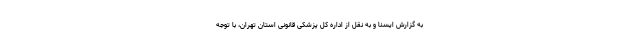
به گزارش ایسنا و به نقل از اداره کل پزشکی قانونی استان تهران، با توجه